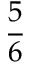
\displaystyle \frac { 5 } { 6 }